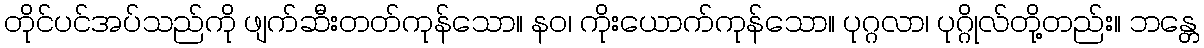
တိုင်ပင်အပ်သည်ကို ဖျက်ဆီးတတ်ကုန်သော။ နဝ၊ ကိုးယောက်ကုန်သော။ ပုဂ္ဂလာ၊ ပုဂ္ဂိုလ်တို့တည်း။ ဘန္တေ